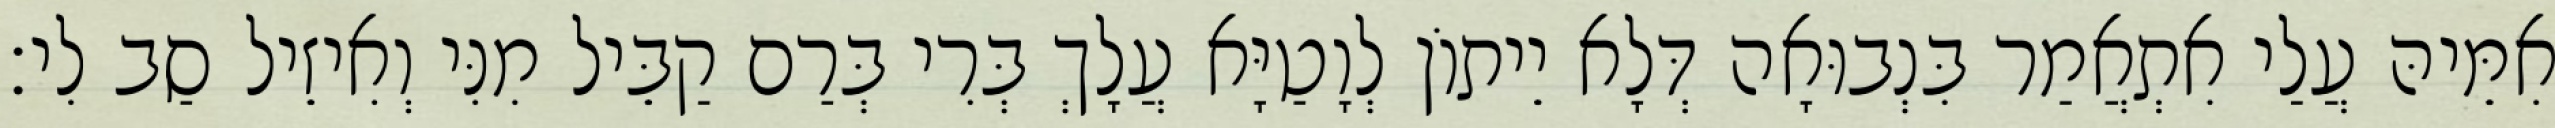
אִמֵּיהּ עֲלַי אִתְאֲמַר בִּנְבוּאָה דְּלָא יֵיתוֹן לְוָטַיָּא עֲלָךְ בְּרִי בְּרַם קַבֵּיל מִנִּי וְאִיזֵיל סַב לִי׃